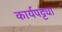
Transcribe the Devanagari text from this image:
कार्यपट्ट्या